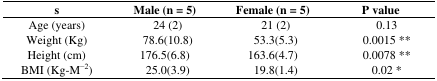
<table><thead><tr><td><b>s</b></td><td><b>Male (n = 5)</b></td><td><b>Female (n = 5)</b></td><td><b>P value</b></td></tr></thead><tbody><tr><td>Age (years)</td><td>24 (2)</td><td>21 (2)</td><td>0.13</td></tr><tr><td>Weight (Kg)</td><td>78.6(10.8)</td><td>53.3(5.3)</td><td>0.0015 **</td></tr><tr><td>Height (cm)</td><td>176.5(6.8)</td><td>163.6(4.7)</td><td>0.0078 **</td></tr><tr><td>BMI (Kg-M<sup>−2</sup>)</td><td>25.0(3.9)</td><td>19.8(1.4)</td><td>0.02 *</td></tr></tbody></table>